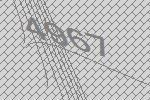
4967